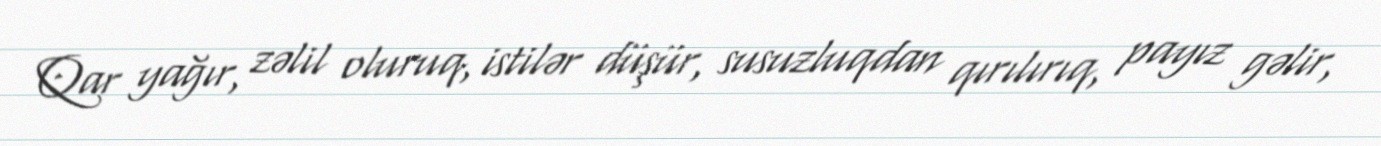
Qar yağır, zəlil oluruq, istilər düşür, susuzluqdan qırılırıq, payız gəlir,